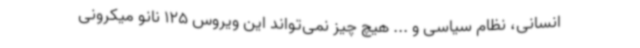
انسانی، نظام سیاسی و ... هیچ چیز نمی‌تواند این ویروس 125 نانو میکرونی